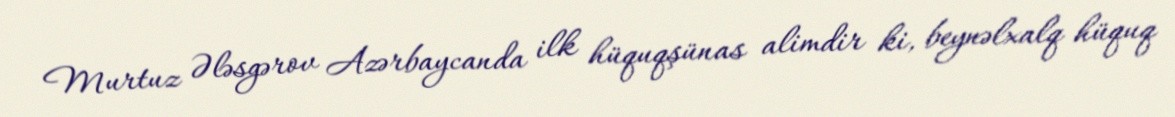
Murtuz Ələsgərov Azərbaycanda ilk hüquqşünas alimdir ki, beynəlxalq hüquq